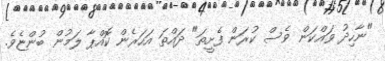
"ނާހިދު ވައްކަން ވެސް ކުރަން ފެށީތަ" ދައްތަ އަހަރެން ކޮއްޕާ ލަމުން ބުންޏެވެ.